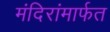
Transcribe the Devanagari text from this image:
मंदिरांमार्फत